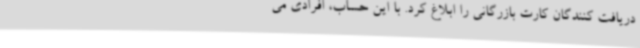
دریافت کنندگان کارت بازرگانی را ابلاغ کرد. با این حساب، افرادی می